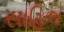
સાહિલ